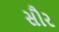
સૌર